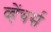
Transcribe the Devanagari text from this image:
व्हेंचर्स